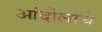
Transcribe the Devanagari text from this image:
आंदोलाचे